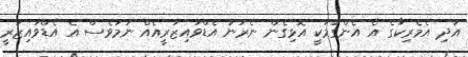
އަދި އެމެރިކާގެ އެ އެންގުމަކީ އޮޅިގެން ނެރުނު އެޑްވައިޒަރީއެއް ނަމަވެސް އެ އެޑްވައިޒަރީ